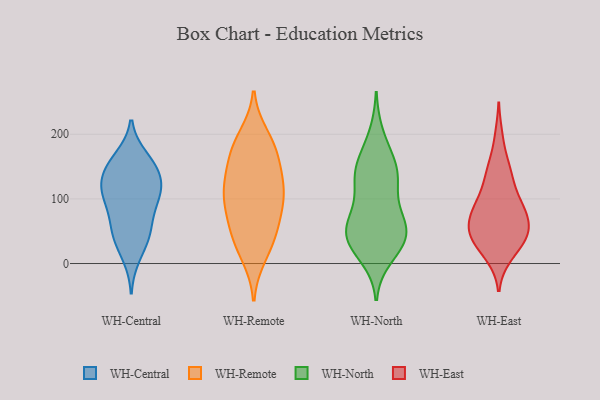
{"axis": {"x": "Population (Million)", "y": "Value"}, "legend": ["WH-Central", "WH-East", "WH-North", "WH-Remote"], "data": [{"x": "", "y": 146, "type": "WH-Central"}, {"x": "", "y": 40, "type": "WH-Central"}, {"x": "", "y": 59, "type": "WH-Central"}, {"x": "", "y": 142, "type": "WH-Central"}, {"x": "", "y": 99, "type": "WH-Central"}, {"x": "", "y": 40, "type": "WH-Central"}, {"x": "", "y": 87, "type": "WH-Central"}, {"x": "", "y": 161, "type": "WH-Central"}, {"x": "", "y": 11, "type": "WH-Central"}, {"x": "", "y": 112, "type": "WH-Central"}, {"x": "", "y": 112, "type": "WH-Central"}, {"x": "", "y": 140, "type": "WH-Central"}, {"x": "", "y": 164, "type": "WH-Central"}, {"x": "", "y": 54, "type": "WH-Central"}, {"x": "", "y": 122, "type": "WH-Central"}, {"x": "", "y": 105, "type": "WH-Central"}, {"x": "", "y": 187, "type": "WH-Remote"}, {"x": "", "y": 85, "type": "WH-Remote"}, {"x": "", "y": 102, "type": "WH-Remote"}, {"x": "", "y": 103, "type": "WH-Remote"}, {"x": "", "y": 133, "type": "WH-Remote"}, {"x": "", "y": 197, "type": "WH-Remote"}, {"x": "", "y": 55, "type": "WH-Remote"}, {"x": "", "y": 23, "type": "WH-Remote"}, {"x": "", "y": 156, "type": "WH-Remote"}, {"x": "", "y": 95, "type": "WH-Remote"}, {"x": "", "y": 176, "type": "WH-Remote"}, {"x": "", "y": 12, "type": "WH-Remote"}, {"x": "", "y": 123, "type": "WH-Remote"}, {"x": "", "y": 51, "type": "WH-Remote"}, {"x": "", "y": 170, "type": "WH-Remote"}, {"x": "", "y": 48, "type": "WH-Remote"}, {"x": "", "y": 121, "type": "WH-Remote"}, {"x": "", "y": 156, "type": "WH-North"}, {"x": "", "y": 140, "type": "WH-North"}, {"x": "", "y": 33, "type": "WH-North"}, {"x": "", "y": 128, "type": "WH-North"}, {"x": "", "y": 55, "type": "WH-North"}, {"x": "", "y": 34, "type": "WH-North"}, {"x": "", "y": 11, "type": "WH-North"}, {"x": "", "y": 36, "type": "WH-North"}, {"x": "", "y": 35, "type": "WH-North"}, {"x": "", "y": 118, "type": "WH-North"}, {"x": "", "y": 55, "type": "WH-North"}, {"x": "", "y": 67, "type": "WH-North"}, {"x": "", "y": 56, "type": "WH-North"}, {"x": "", "y": 84, "type": "WH-North"}, {"x": "", "y": 137, "type": "WH-North"}, {"x": "", "y": 159, "type": "WH-North"}, {"x": "", "y": 198, "type": "WH-North"}, {"x": "", "y": 82, "type": "WH-East"}, {"x": "", "y": 82, "type": "WH-East"}, {"x": "", "y": 42, "type": "WH-East"}, {"x": "", "y": 84, "type": "WH-East"}, {"x": "", "y": 48, "type": "WH-East"}, {"x": "", "y": 143, "type": "WH-East"}, {"x": "", "y": 66, "type": "WH-East"}, {"x": "", "y": 44, "type": "WH-East"}, {"x": "", "y": 148, "type": "WH-East"}, {"x": "", "y": 87, "type": "WH-East"}, {"x": "", "y": 139, "type": "WH-East"}, {"x": "", "y": 56, "type": "WH-East"}, {"x": "", "y": 12, "type": "WH-East"}, {"x": "", "y": 195, "type": "WH-East"}, {"x": "", "y": 53, "type": "WH-East"}, {"x": "", "y": 33, "type": "WH-East"}, {"x": "", "y": 14, "type": "WH-East"}, {"x": "", "y": 41, "type": "WH-East"}, {"x": "", "y": 113, "type": "WH-East"}, {"x": "", "y": 99, "type": "WH-East"}]}